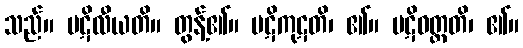
သည်။ ပဋိလီယတိ။ တွန့်၏။ ပဋိကုဋတိ၊ ၏။ ပဋိဝတ္တတိ၊ ၏။